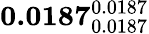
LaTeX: \mathbf{0.0187}_{0.0187}^{0.0187}